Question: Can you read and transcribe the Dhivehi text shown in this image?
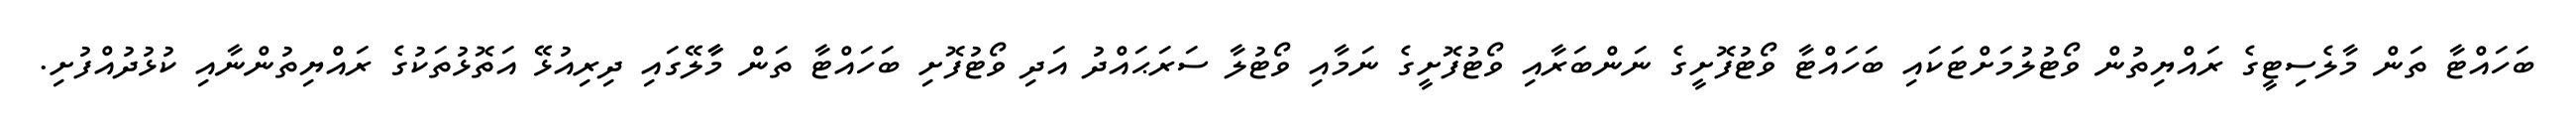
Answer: ބަހައްޓާ ތަން މާލެސިޓީގެ ރައްޔިތުން ވޯޓުލުމަށްޓަކައި ބަހައްޓާ ވޯޓުފޮށީގެ ނަންބަރާއި ވޯޓުފޮށީގެ ނަމާއި ވޯޓުލާ ސަރަޙައްދު އަދި ވޯޓުފޮށި ބަހައްޓާ ތަން މާާލޭގައި ދިރިއުޅޭ އަތޮޅުތަކުގެ ރައްޔިތުންނާއި ކުޅުދުއްފުށި.